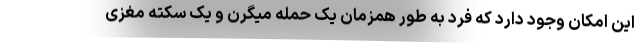
این امکان وجود دارد که فرد به طور همزمان یک حمله میگرن و یک سکته مغزی